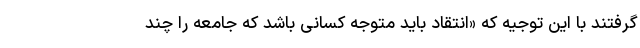
گرفتند با این توجیه که «انتقاد باید متوجه کسانی باشد که جامعه را چند